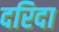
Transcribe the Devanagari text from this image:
दरिदा